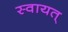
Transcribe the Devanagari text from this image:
स्वायत्